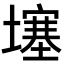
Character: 𡑮